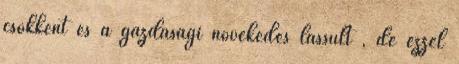
csökkent és a gazdasági növekedés lassult , de ezzel